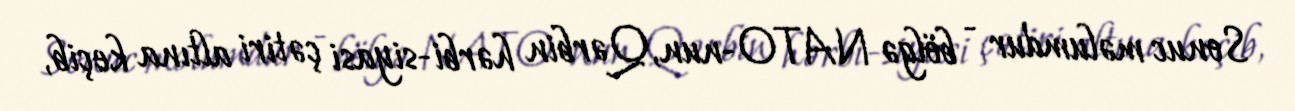
Sonuc məlumdur - bölgə NATO-nun, Qərbin hərbi-siyasi çətiri altına keçib,